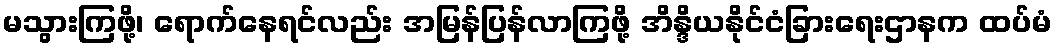
မသွားကြဖို့၊ ရောက်နေရင်လည်း အမြန်ပြန်လာကြဖို့ အိန္ဒိယနိုင်ငံခြားရေးဌာနက ထပ်မံ